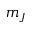
m _ { J }